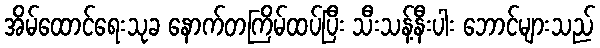
အိမ်ထောင်ရေးသုခ နောက်တကြိမ်ထပ်ပြီး သီးသန့်နီးပါး ဘောင်များသည်